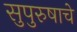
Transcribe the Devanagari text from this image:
सुपुरुषाचे